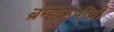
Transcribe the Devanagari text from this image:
ब्रम्हऋषींची